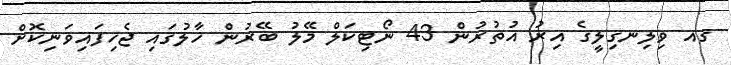
ގއ ވިލިނގިލީގެ އިރު އުތުރުން 43 ނޯޓިކަލް މޭލު ބޭރުން ހާލުގައި ޖެހިފައިވަނިކޮށް